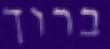
ברוך